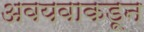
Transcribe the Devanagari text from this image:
अवयवाकडून